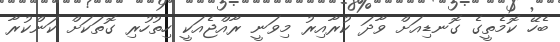
ބެހޭ ކޮމެތީގެ ގޮނޑިއަށް ވާދަ ކުރާއިރު މިވަނީ ރާއްޖެއަކީ ހިތުހުރި ގޮތަކަށް ކަންކުރާ